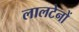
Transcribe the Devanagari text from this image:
लालटेनों